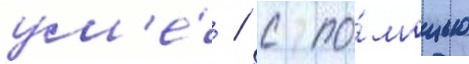
ум'е́ / с по́мощью